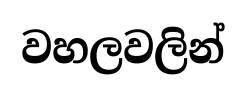
වහලවලින්